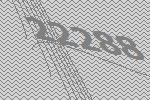
22288